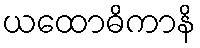
ယထောဓိကာနိ